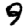
Digit: 9